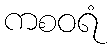
ကစဝရံ